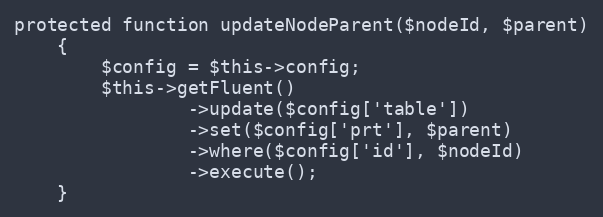
Language: PHP
protected function updateNodeParent($nodeId, $parent)
    {
        $config = $this->config;
        $this->getFluent()
                ->update($config['table'])
                ->set($config['prt'], $parent)
                ->where($config['id'], $nodeId)
                ->execute();
    }